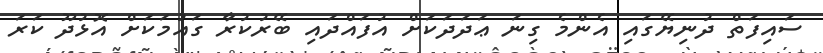
ސައިފަތް ދުނިޔޭގައި އެންމެ ގިނަ ޢަދަދަކަށް އުފައްދައި ބޭރުކުރާ ގައުމަކަށް އޮޅުދޫ ކަރަ